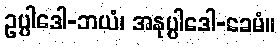
ဥပ္ပါဒေါ-ဘယံ၊ အနုပ္ပါဒေါ-ခေမံ။